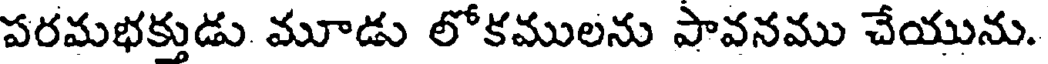
పరమభక్తుడు మూడు లోకములను పావనము చేయును.